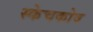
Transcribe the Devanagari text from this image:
स्केचकोव